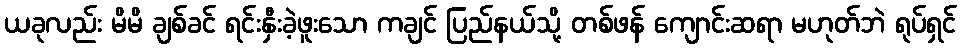
ယခုလည်း မိမိ ချစ်ခင် ရင်းနှီးခဲ့ဖူးသော ကချင် ပြည်နယ်သို့ တစ်ဖန် ကျောင်းဆရာ မဟုတ်ဘဲ ရုပ်ရှင်